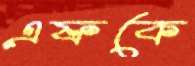
এফকে